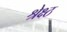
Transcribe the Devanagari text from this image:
श्रेक्ष्ठ